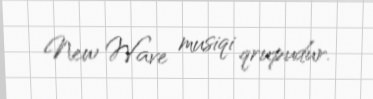
New Wave musiqi qrupudur.